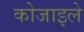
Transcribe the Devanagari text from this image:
कोजाइले